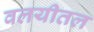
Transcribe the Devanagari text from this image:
वलयीतल